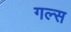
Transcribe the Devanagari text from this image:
गल्स